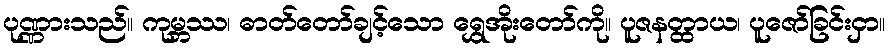
ပုဏ္ဏားသည်။ ကုမ္ဘဿ၊ ဓာတ်တော်ချင့်သော ရွှေအိုးတော်ကို။ ပူဇနတ္ထာယ၊ ပူဇော်ခြင်းငှာ။